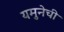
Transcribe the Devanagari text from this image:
यमुनेची